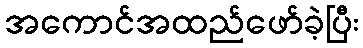
အကောင်အထည်ဖော်ခဲ့ပြီး